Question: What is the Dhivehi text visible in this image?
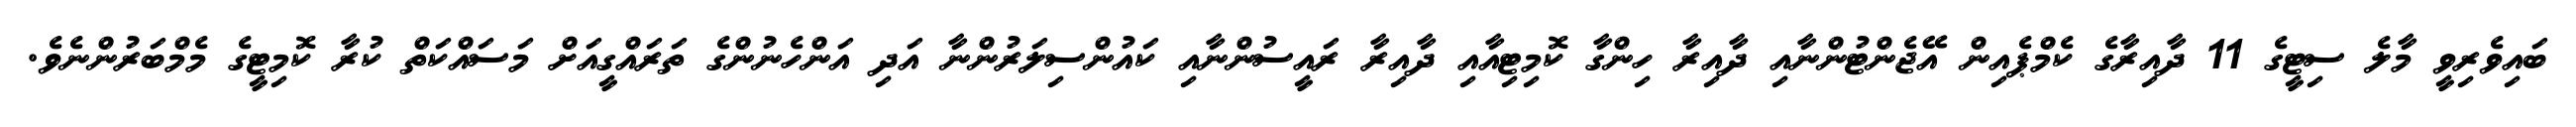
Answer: ބައިވެރިވީ މާލެ ސިޓީގެ 11 ދާއިރާގެ ކެމްޕެއިން އޭޖެންޓުންނާއި ދާއިރާ ހިންގާ ކޮމިޓިއާއި ދާއިރާ ރައީސުންނާއި ކައުންސިލަރުންނާ އަދި އަންހެނުންގެ ތަރައްގީއަށް މަސައްކަތް ކުރާ ކޮމިޓީގެ މެމްބަރުންނެވެ.